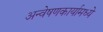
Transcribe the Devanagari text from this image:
अन्वेषणकार्यामध्ये